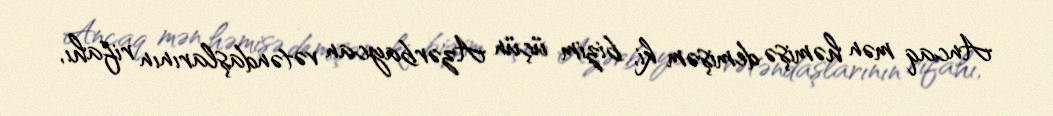
Ancaq mən həmişə demişəm ki, bizim üçün Azərbaycan vətəndaşlarının rifahı,